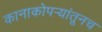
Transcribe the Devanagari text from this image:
कानाकोपऱ्यांतूनच